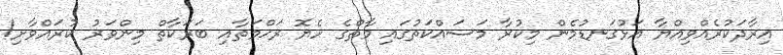
އިރާދަކުރެއްވިއްޔާ އަޅުގަނޑުމެން މިކުރާ މަސައްކަތުގައި މާތްގެ ހެޔޮ ރަޙްމަތާއި ބަރަކާތް މިންވަރު ކުރައްވާށި!